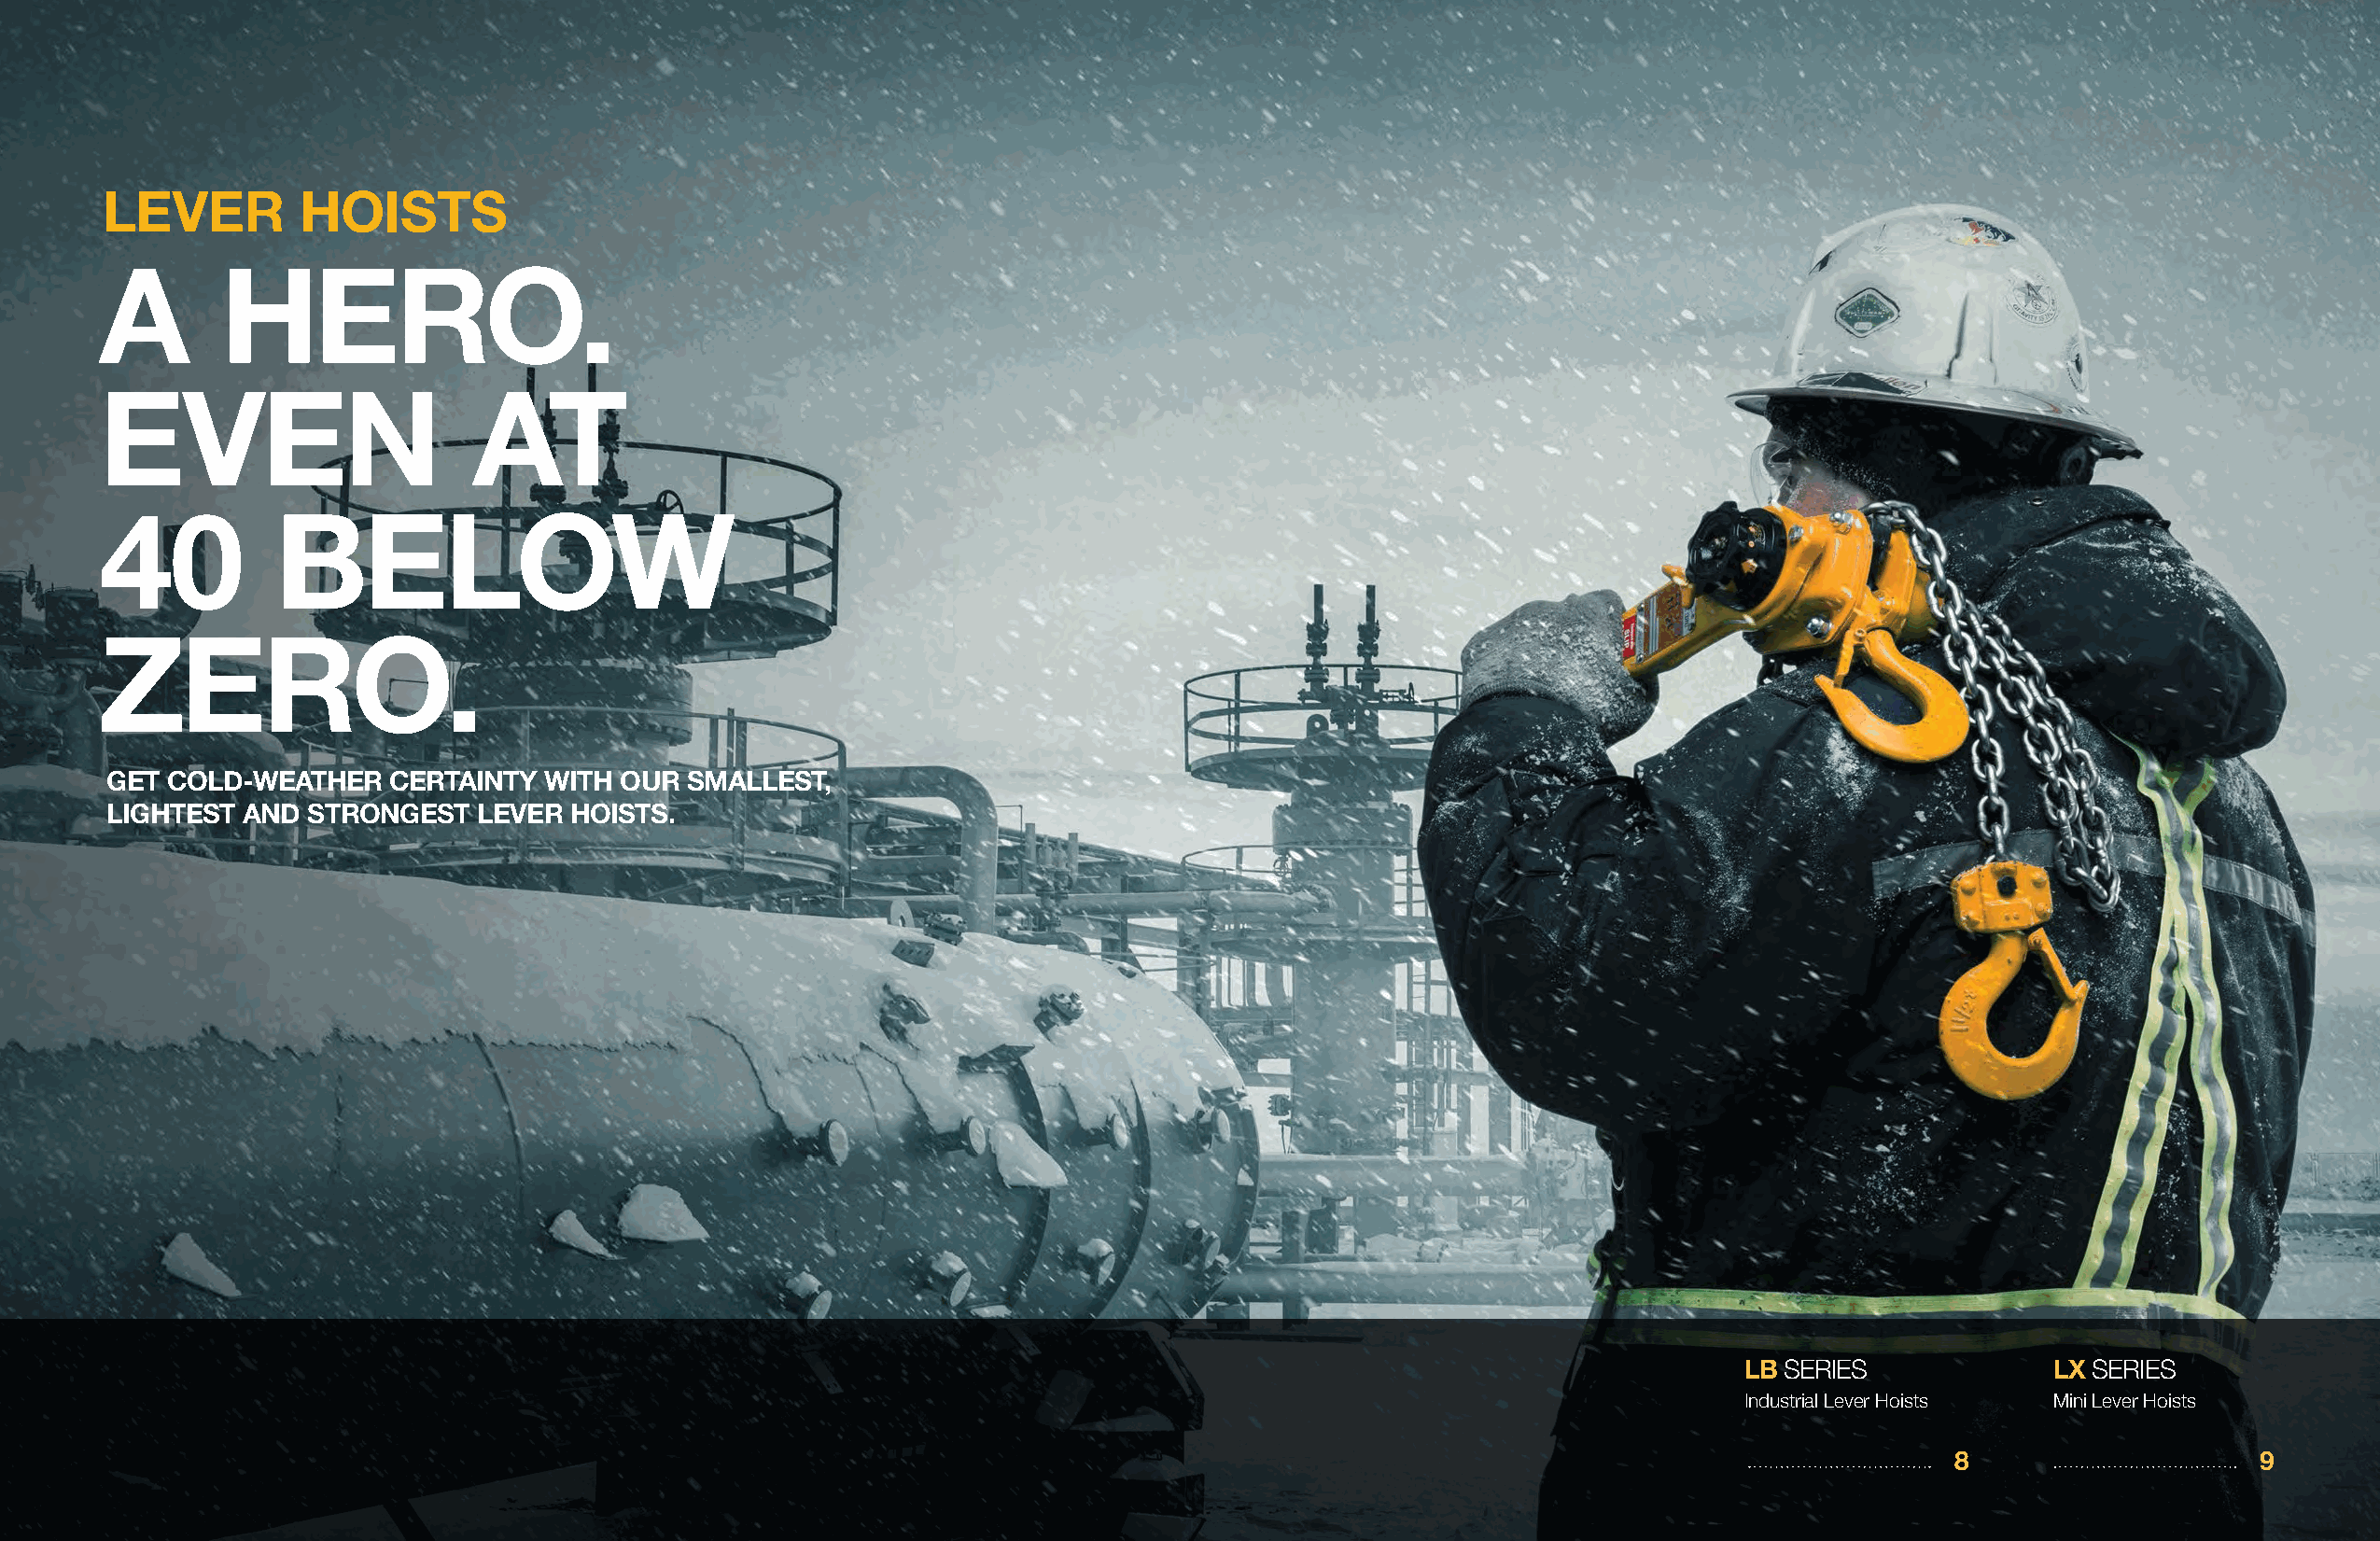
LEVER         HOISTS
 A        HERO.
 EVEN                       AT
 40           BELOW
 ZERO.
 GET COLD-WEATHER    CERTAINTY  WITH OUR  SMALLEST,
 LIGHTEST AND  STRONGEST   LEVER HOISTS.
 LB SERIES             LX SERIES
 Industrial Lever Hoists Mini Lever Hoists
 8                    9